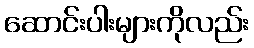
ဆောင်းပါးများကိုလည်း